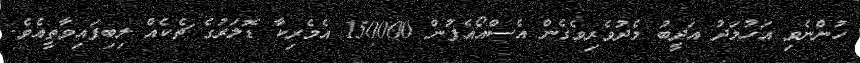
ހުންނެވި އަހުމަދު އަދީބު މެދުވެރިވެގެން އެސްއޯއެފުން 150000 އެމެރިކާ ޑޮލަރުގެ ޗެކެއް ލިބިފައިވާތީއެވެ.